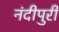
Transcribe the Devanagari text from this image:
नंदीपुरी